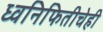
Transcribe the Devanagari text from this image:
ध्वनिफितीचेही